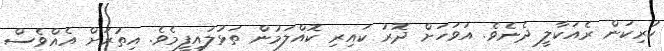
ކުރިކަން ރެއަކާލީ ދެނެވެ. އަވަހަށް ދޮރު ކައިރި ކޮއްލަމުން ތަޅުލައިފީމެވެ. އިތުރަށް އެއްވެސް